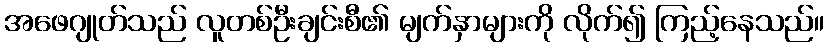
အဖေဂျုတ်သည် လူတစ်ဦးချင်းစီ၏ မျက်နှာများကို လိုက်၍ ကြည့်နေသည်။